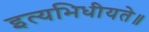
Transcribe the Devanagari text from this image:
इत्यभिधीयते॥